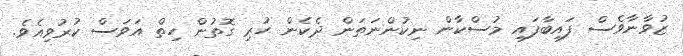
ޒުވާނާވެސް ފައިބާފައި މުސްކާން ނިކުންނަތަން ދެކެން ހުރި ގޮތުން ހިތް އަވަސް ކުރުވިއެވެ.